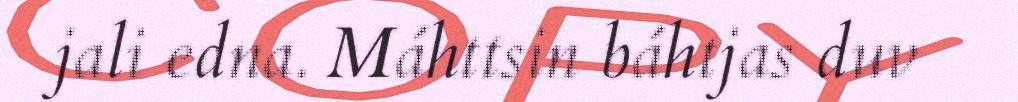
jali edna. Máhttsin báhtjas duv